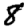
Digit: 8